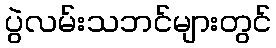
ပွဲလမ်းသဘင်များတွင်